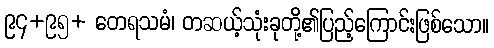
၉၄+၉၅+ တေရသမံ၊ တဆယ့်သုံးခုတို့၏ပြည့်ကြောင်းဖြစ်သော။